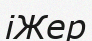
іЖер